Regulations for the medical services of the Army of India
Year: 1930
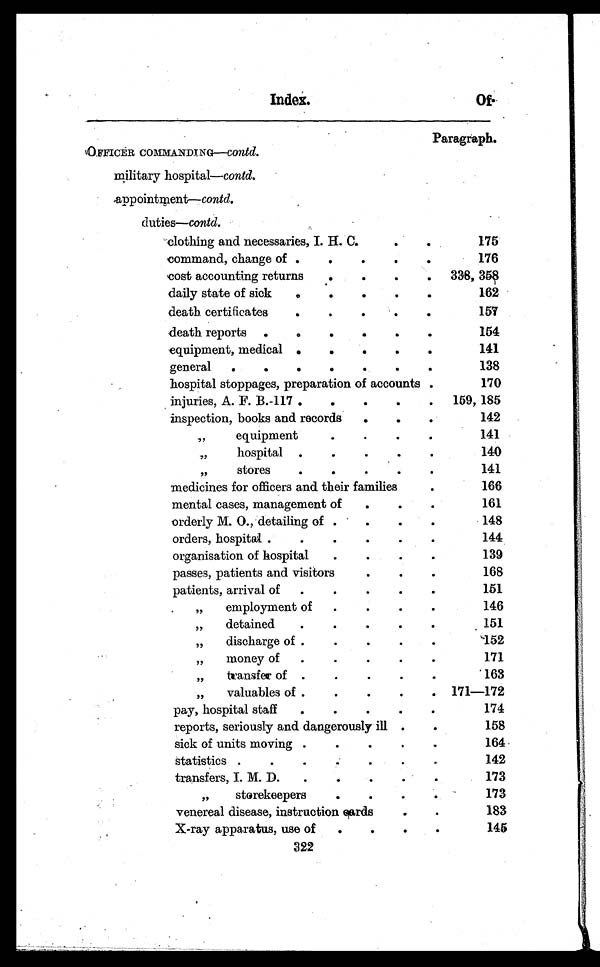
Index.
Of.
Paragraph.
OFFICER COMMANDING-co n t d .
military hospital—contd.
appointment— contd.
duties— c o n t d .
clothing and necessaries, I. H. C. . . .
175
command, change of . . .
176
c o s t a c c o u n t i n g r e t u r n s . . .
338, 358
daily state of sick . . .
162
death certificates . . .
157
death reports . . .
154
equipment, medical . . .
141
general . . .
138
hospital stoppages, preparation of accounts . . .
170
injuries, A. F. B.-117 . . .
159, 185
inspection, books and records . . .
142
" e q u i p m e n t . . .
141
" h o s p i t a l . . .
1 4 0
" stores . . .
141
medicines for officers and their families . . .
166
mental cases, management of . . .
1 6 1
orderly M. O., detailing of . . .
148
orders, hospital . . .
144
organisation of hospital . . .
139
passes, patients and visitors . . .
168
p a t i e n t s , a r r i v a l o f . . .
1 5 1
" employment of . . .
146
"
detained . . .
151
" discharge of . . .
152
" m o n e y o f . . .
1 7 1
" t r a n s f e r o f . . .
1 6 3
" valuables of . . .
171—172
pay, hospital staff . . .
174
reports, seriously and dangerously ill . . .
158
sick of units moving . . .
164
statistics . . .
1 4 2
transfers, I. M. D . . .
173
" s t o r e k e e p e r s . . .
173
venereal disease, instruction cards . . .
183
X-ray apparatus, use of . . .
145
322